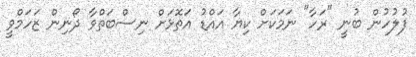
ފުލުހުން ބުނީ "ރަހާ" ނަމަކަށް ކިޔާ އައްޑު އަތޮޅަށް ނިސްބަތްވާ ދޯނިން ޒަހަމްވީ